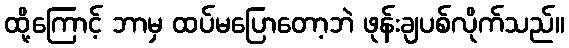
ထို့ကြောင့် ဘာမှ ထပ်မပြောတော့ဘဲ ဖုန်းချပစ်လိုက်သည်။